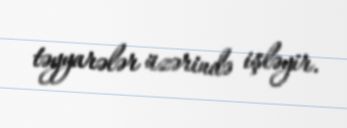
təyyarələr üzərində işləyir.